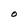
Character: O